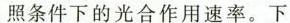
照条件下的光合作用速率。下